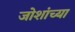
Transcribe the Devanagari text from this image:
जोशांच्या